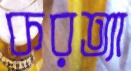
করত্যা